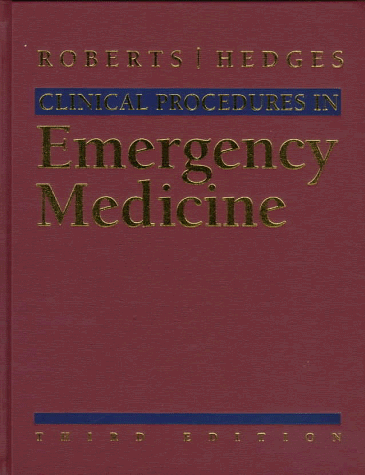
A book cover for Clinical Procedures in Emergency Medicine, Third Edition; James R. Roberts; Medical Books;